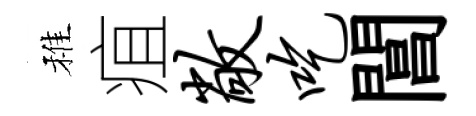
稚疽敞吃閶